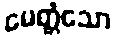
မေတ္တံသော